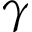
\gamma